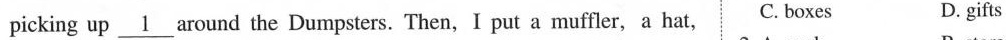
picking up \underline{1} around the Dumpsters. Then, I put a muffler, a hat, C. boxes D. gifts